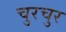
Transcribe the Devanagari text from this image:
चुरचुर